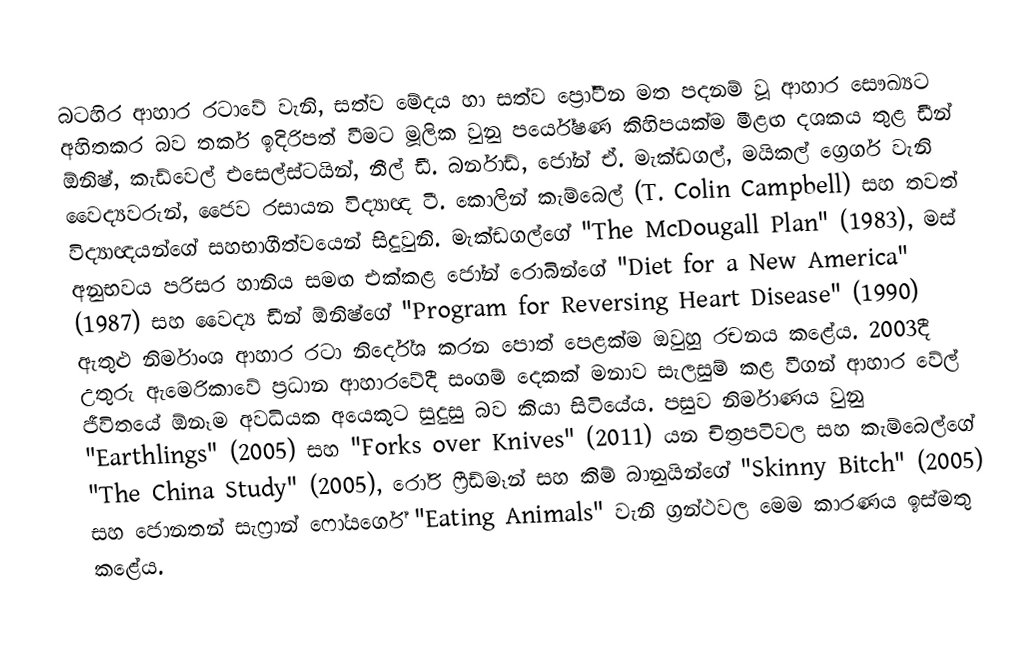
බටහිර ආහාර රටාවේ වැනි, සත්ව මේදය හා සත්ව ප්‍රෝටීන මත පදනම් වූ ආහාර සෞඛ්‍යට අහිතකර බව තර්ක ඉදිරිපත් වීමට මූලික වුනු පර්යේෂණ කිහිපයක්ම මීළඟ දශකය තුළ ඩීන් ඕනිෂ්, කැඩ්වෙල් එසෙල්ස්ටයින්, නීල් ඩී. බර්නාඩ්, ජෝන් ඒ. මැක්ඩගල්, මයිකල් ග්‍රෙගර් වැනි වෛද්‍යවරුන්, ජෛව රසායන විද්‍යාඥ ටී. කොලින් කැම්බෙල් (T. Colin Campbell) සහ තවත් විද්‍යාඥයන්ගේ සහභාගීත්වයෙන් සිදුවුනි. මැක්ඩගල්ගේ "The McDougall Plan" (1983), මස් අනුභවය පරිසර හානිය සමඟ එක්කළ ජෝන් රොබින්ගේ "Diet for a New America" (1987) සහ වෛද්‍ය ඩීන් ඕනිෂ්ගේ "Program for Reversing Heart Disease" (1990) ඇතුළු නිර්මාංශ ආහාර රටා නිර්දේශ කරන පොත් පෙළක්ම ඔවුහු රචනය කළේය. 2003දී උතුරු ඇමෙරිකාවේ ප්‍රධාන ආහාරවේදී සංගම් දෙකක් මනාව සැලසුම් කළ වීගන් ආහාර වේල් ජීවිතයේ ඕනෑම අවධියක අයෙකුට සුදුසු බව කියා සිටියේය. පසුව නිර්මාණය වුනු "Earthlings" (2005) සහ "Forks over Knives" (2011) යන චිත්‍රපටිවල සහ කැම්බෙල්ගේ "The China Study" (2005), රෝරි ෆ්‍රීඩ්මෑන් සහ කිම් බානුයින්ගේ "Skinny Bitch" (2005) සහ ජොනතන් සැෆ්‍රාන් ෆෝයර්ගේ "Eating Animals" වැනි ග්‍රන්ථවල මෙම කාරණය ඉස්මතු කළේය.